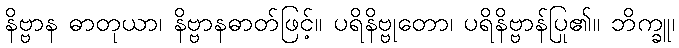
နိဗ္ဗာန ဓာတုယာ၊ နိဗ္ဗာနဓာတ်ဖြင့်။ ပရိနိဗ္ဗုတော၊ ပရိနိဗ္ဗာန်ပြု၏။ ဘိက္ခူ၊